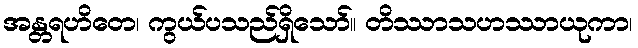
အန္တရဟိတေ၊ ကွယ်ပသည်ရှိသော်။ တိဿာသဟဿာယုကာ၊